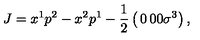
J = x ^ { 1 } p ^ { 2 } - x ^ { 2 } p ^ { 1 } - { \frac { 1 } { 2 } } \left( \begin{matrix} { 0 } & { 0 } \\ { 0 } & { \sigma ^ { 3 } } \\ \end{matrix} \right) ,